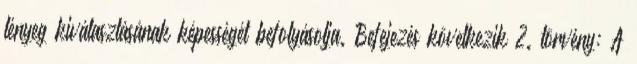
lényeg kiválasztásának képességét befolyásolja. Befejezés következik 2. törvény: A